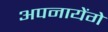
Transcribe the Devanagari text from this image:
अपनायेंगे